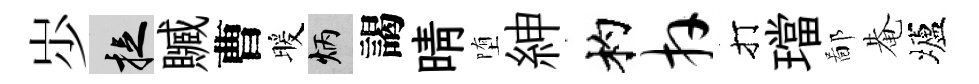
𡵯捉贓曹暖炳謁晴堕紳杓卉打璫鄙𤲅壚